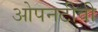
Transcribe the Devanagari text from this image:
ओपनटीवी